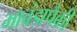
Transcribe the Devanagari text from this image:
भावंडापैकी